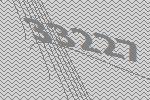
33227